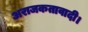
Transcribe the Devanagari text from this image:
अराजकतावादी।